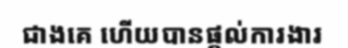
ជាងគេ ហើយបានផ្តល់ការងារ